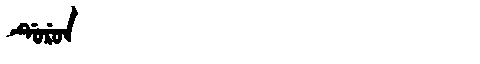
Manchu: ᡩᡠᡵᡠᠨ
Romanization: DURUN